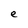
Character: e